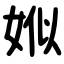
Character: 娰